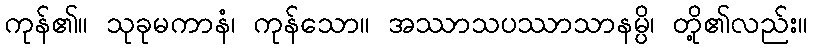
ကုန်၏။ သုခုမကာနံ၊ ကုန်သော။ အဿာသပဿာသာနမ္ပိ၊ တို့၏လည်း။